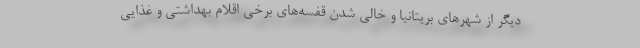
دیگر از شهرهای بریتانیا و خالی شدن قفسه‌های برخی اقلام بهداشتی و غذایی